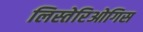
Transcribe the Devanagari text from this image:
लिस्तेरिओगिस